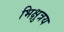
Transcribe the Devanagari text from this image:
भिक्षुत्रय